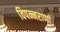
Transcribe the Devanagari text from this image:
विपन्नराणां